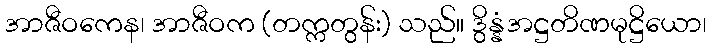
အာဇီဝကေန၊ အာဇီဝက (တက္ကတွန်း) သည်။ ဒွိန္နံအဋ္ဌတိဏမုဋ္ဌိယော၊